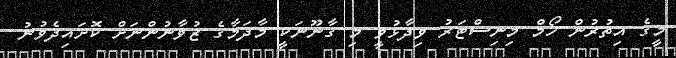
މީގެ އިތުރުން ހޯމް މިނިސްޓަރު ވިދާޅުވީ މި ގާނޫނަކީ މާދަމާގެ ޒުވާނުންނަށް ކޮށައިދެވުނު